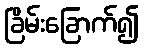
ခြိမ်းခြောက်၍